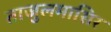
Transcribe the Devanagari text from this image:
ताजुलमासिर